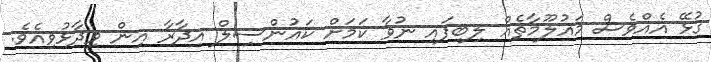
ގުޅޭ އެއްވެސް މައުލޫމާތެއް ލިބިފައި ނުވާ ކަމަށް ކައުންސިލް އިދާރާ އިން ވިދާޅުވިއެވެ.